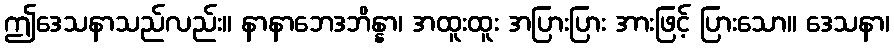
ဤဒေသနာသည်လည်း။ နာနာဘေဒဘိန္နာ၊ အထူးထူး အပြားပြား အားဖြင့် ပြားသော။ ဒေသနာ၊